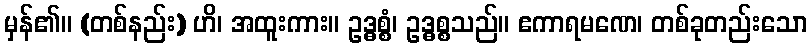
မှန်၏။ (တစ်နည်း) ဟိ၊ အထူးကား။ ဥဒ္ဓစ္စံ၊ ဥဒ္ဓစ္စသည်။ ဧကာရမဏေ၊ တစ်ခုတည်းသော